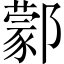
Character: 𨞫